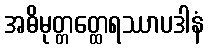
အဓိမုတ္တတ္ထေရဿာပဒါနံ